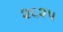
૨૬૨૫